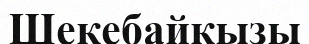
Шекебайқызы